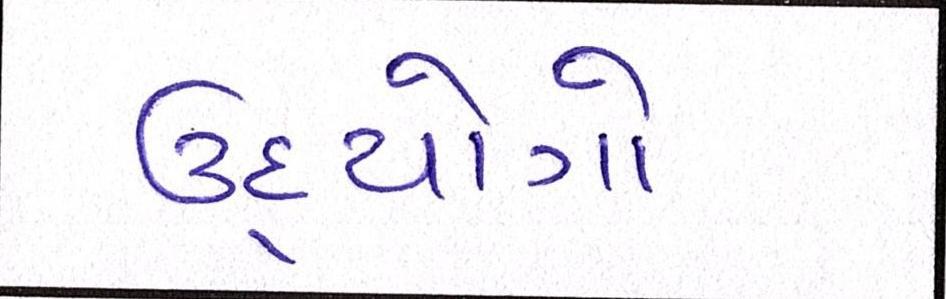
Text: ઉદ્યોગો